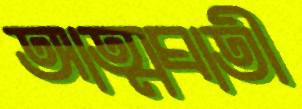
আত্মঘাতী